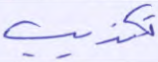
تكذيب